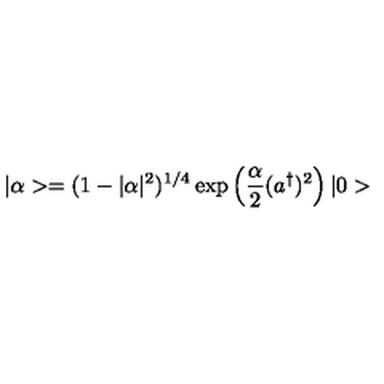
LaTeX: | \alpha > = ( 1 - | \alpha | ^ { 2 } ) ^ { 1 / 4 } \exp \left( \frac { \alpha } { 2 } ( a ^ { \dagger } ) ^ { 2 } \right) | 0 >